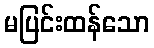
မပြင်းထန်သော